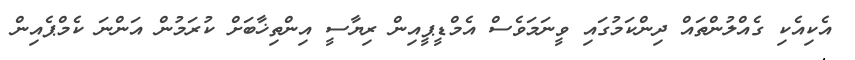
އެކިއެކި ގެއްލުންތައް ދިންކަމުގައި ވީނަމަވެސް އެމްޑީޕީއިން ރިޔާސީ އިންތިޚާބަށް ކުރަމުން އަންނަ ކެމްޕެއިން